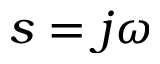
s = j \omega